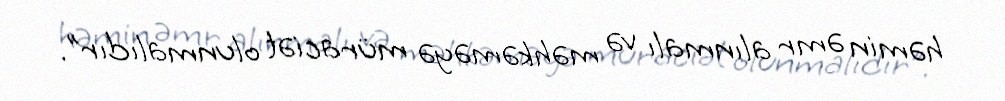
həmin əmr alınmalı və məhkəməyə müraciət olunmalıdır”.